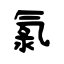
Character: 氯